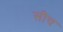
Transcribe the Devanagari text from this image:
सीच